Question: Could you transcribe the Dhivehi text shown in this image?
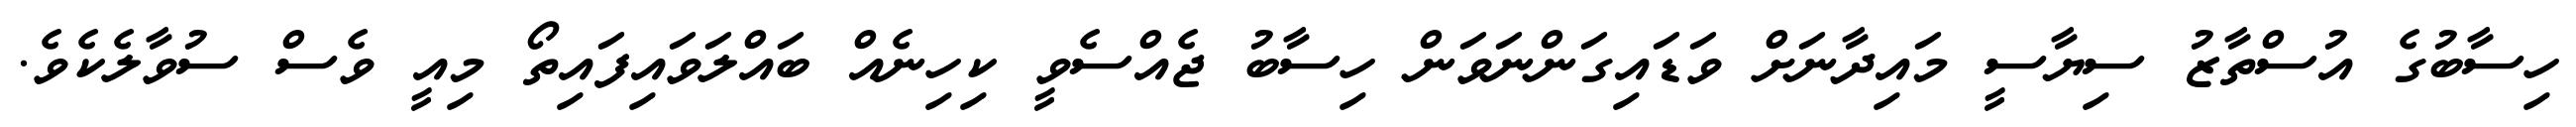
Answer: ހިސާބުގެ އުސްތާޒު ސިޔާސީ މައިދާނަށް ވަޑައިގަންނަވަން ހިސާބު ޖެއްސެވީ ކިހިނެއް ބައްލަވައިފައިތޯ މިއީ ވެސް ސުވާލެކެވެ.